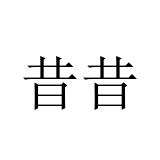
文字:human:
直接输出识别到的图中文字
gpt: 昔昔